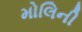
મોલિની